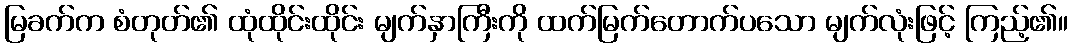
မြခက်က စံတုတ်၏ ထုံထိုင်းထိုင်း မျက်နှာကြီးကို ထက်မြက်တောက်ပသော မျက်လုံးဖြင့် ကြည့်၏။